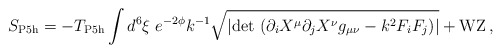
\begin{align*}S_{\rm P5h} = - T_{\rm P5h} \int d^6\xi\ e^{-2{\phi}} k^{-1} \sqrt {|{\rm det}\ ( \partial_i X^{\mu}\partial_j{X}^{\nu}g_{\mu\nu} - k^2F_iF_j)|} + {\rm WZ}\, ,\end{align*}